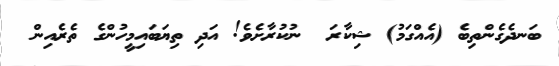
ބަނދެގެންތިބެ (އެއްގަމު) ޝިކާރަ  ނުކުރާށެވެ! އަދި ތިޔަބައިމީހުންގެ ތެރެއިން